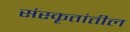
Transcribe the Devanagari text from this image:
संस्कृतांतील